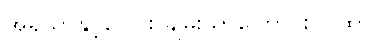
အရိယာနှင့်ပေါင်း ချမ်းသာကြောင်း ဂါထာ